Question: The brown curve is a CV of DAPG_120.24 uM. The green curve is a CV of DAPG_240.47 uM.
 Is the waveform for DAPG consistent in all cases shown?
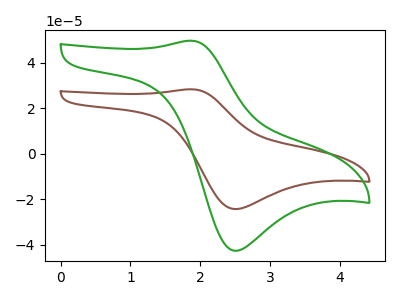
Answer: <think>The brown curve "DAPG_120.24 uM" has an anodic peak at (1.90V, 28.25uA) and a cathodic peak at (2.50V, -24.30uA). The green curve "DAPG_240.47 uM" has an anodic peak at (1.90V, 49.55uA) and a cathodic peak at (2.50V, -42.60uA).
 All the peaks in "DAPG_120.24 uM" have a peak in "DAPG_240.47 uM" at the same potential. Every peak in "DAPG_120.24 uM" is lower than every peak in "DAPG_240.47 uM".</think>
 <answer>All the CV's of "DAPG" have similar shape.</answer>
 <eval>follow_rule</eval>